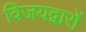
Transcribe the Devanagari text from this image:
विजयद्वारों